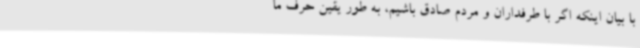
با بیان اینکه اگر با طرفداران و مردم صادق باشیم، به طور یقین حرف ما